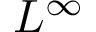
L ^ { \infty }